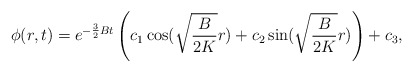
\begin{align*}\phi(r,t)=e^{-\frac{3}{2}Bt}\left( c_1\cos(\sqrt{\frac{B}{2K}}r)+c_2\sin(\sqrt{\frac{B}{2K}}r)\right)+c_3,\end{align*}